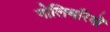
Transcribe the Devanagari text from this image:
गोलिबरियों